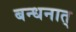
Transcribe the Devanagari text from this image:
बन्धनात्